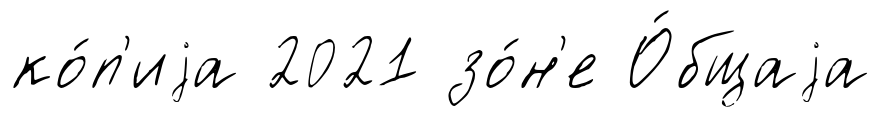
ко́п'иjа 2021 зо́н'е О́бщаjа